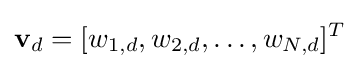
\mathbf {v} _{d}=[w_{1,d},w_{2,d},\ldots ,w_{N,d}]^{T}